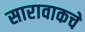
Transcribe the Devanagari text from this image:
सारावाकचे